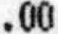
.00